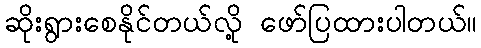
ဆိုးရွားစေနိုင်တယ်လို့ ဖော်ပြထားပါတယ်။